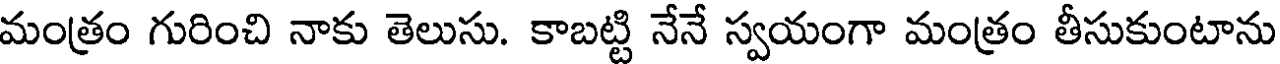
మంత్రం గురించి నాకు తెలుసు. కాబట్టి నేనే స్వయంగా మంత్రం తీసుకుంటాను